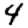
Digit: 4